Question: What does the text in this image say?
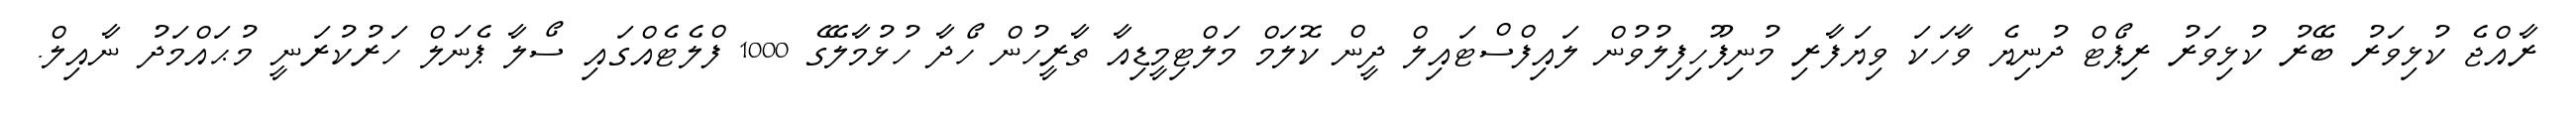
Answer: ރާއްޖެ ކުޅިވަރު ބޭރު ކުޅިވަރު ރިޕޯޓް ދުނިޔެ ވާހަކަ ވިޔަފާރި މުނިފޫހިފިލުވުން ލައިފްސްޓައިލް ދީން ކޮލަމް މަލްޓިމީޑިއާ ތާރީހުން ހޯދާ ހުޅުމާލޭގެ 1000 ފްލެޓެއްގައި ސޯލާ ޕެނަލް ހަރުކުރަނީ މުޙައްމަދު ނާއިލް.